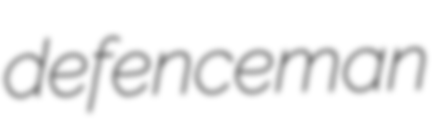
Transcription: defenceman